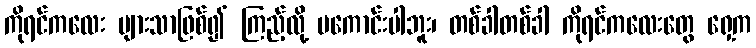
ကိုရင်ကလေး များသာဖြစ်၍ ကြည့်လို့ မကောင်းပါဘူး၊ တစ်ခါတစ်ခါ ကိုရင်ကလေးတွေ ရှေ့က